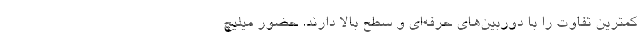
کمترین تفاوت را با دوربین‌های حرفه‌ای و سطح بالا دارند. حضور میلیچ